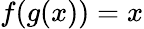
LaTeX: f(g(x))=x